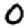
Digit: 0